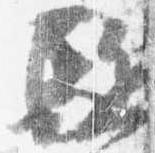
駈